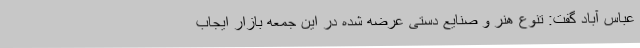
عباس آباد گفت: تنوع هنر و صنایع دستی عرضه شده در این جمعه بازار ایجاب